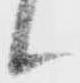
候